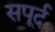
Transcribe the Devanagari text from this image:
सपूर्द